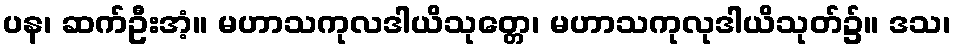
ပန၊ ဆက်ဦးအံ့။ မဟာသကုလဒါယိသုတ္တေ၊ မဟာသကုလုဒါယိသုတ်၌။ ဒသ၊